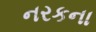
નરકના